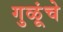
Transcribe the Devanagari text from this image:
गुळूंचे